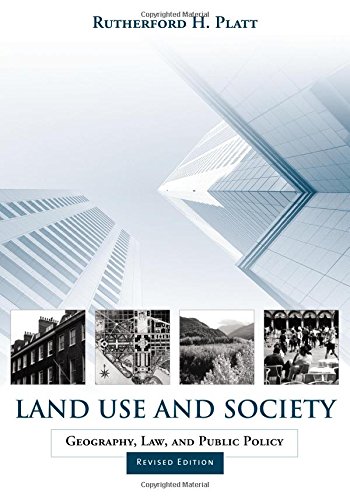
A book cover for Land Use and Society, Revised Edition: Geography, Law, and Public Policy; Rutherford H. Platt; Law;